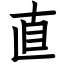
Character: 直